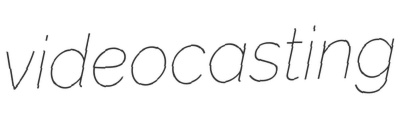
videocasting